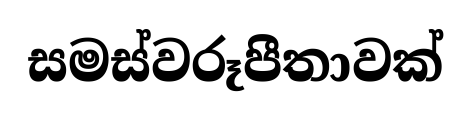
සමස්වරූපීතාවක්